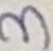
Text: 3